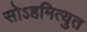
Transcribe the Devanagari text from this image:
सोऽहमित्युत